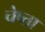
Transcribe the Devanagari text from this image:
चेष्ता